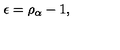
\epsilon = \rho _ { \alpha } - 1 ,